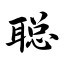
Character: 聪